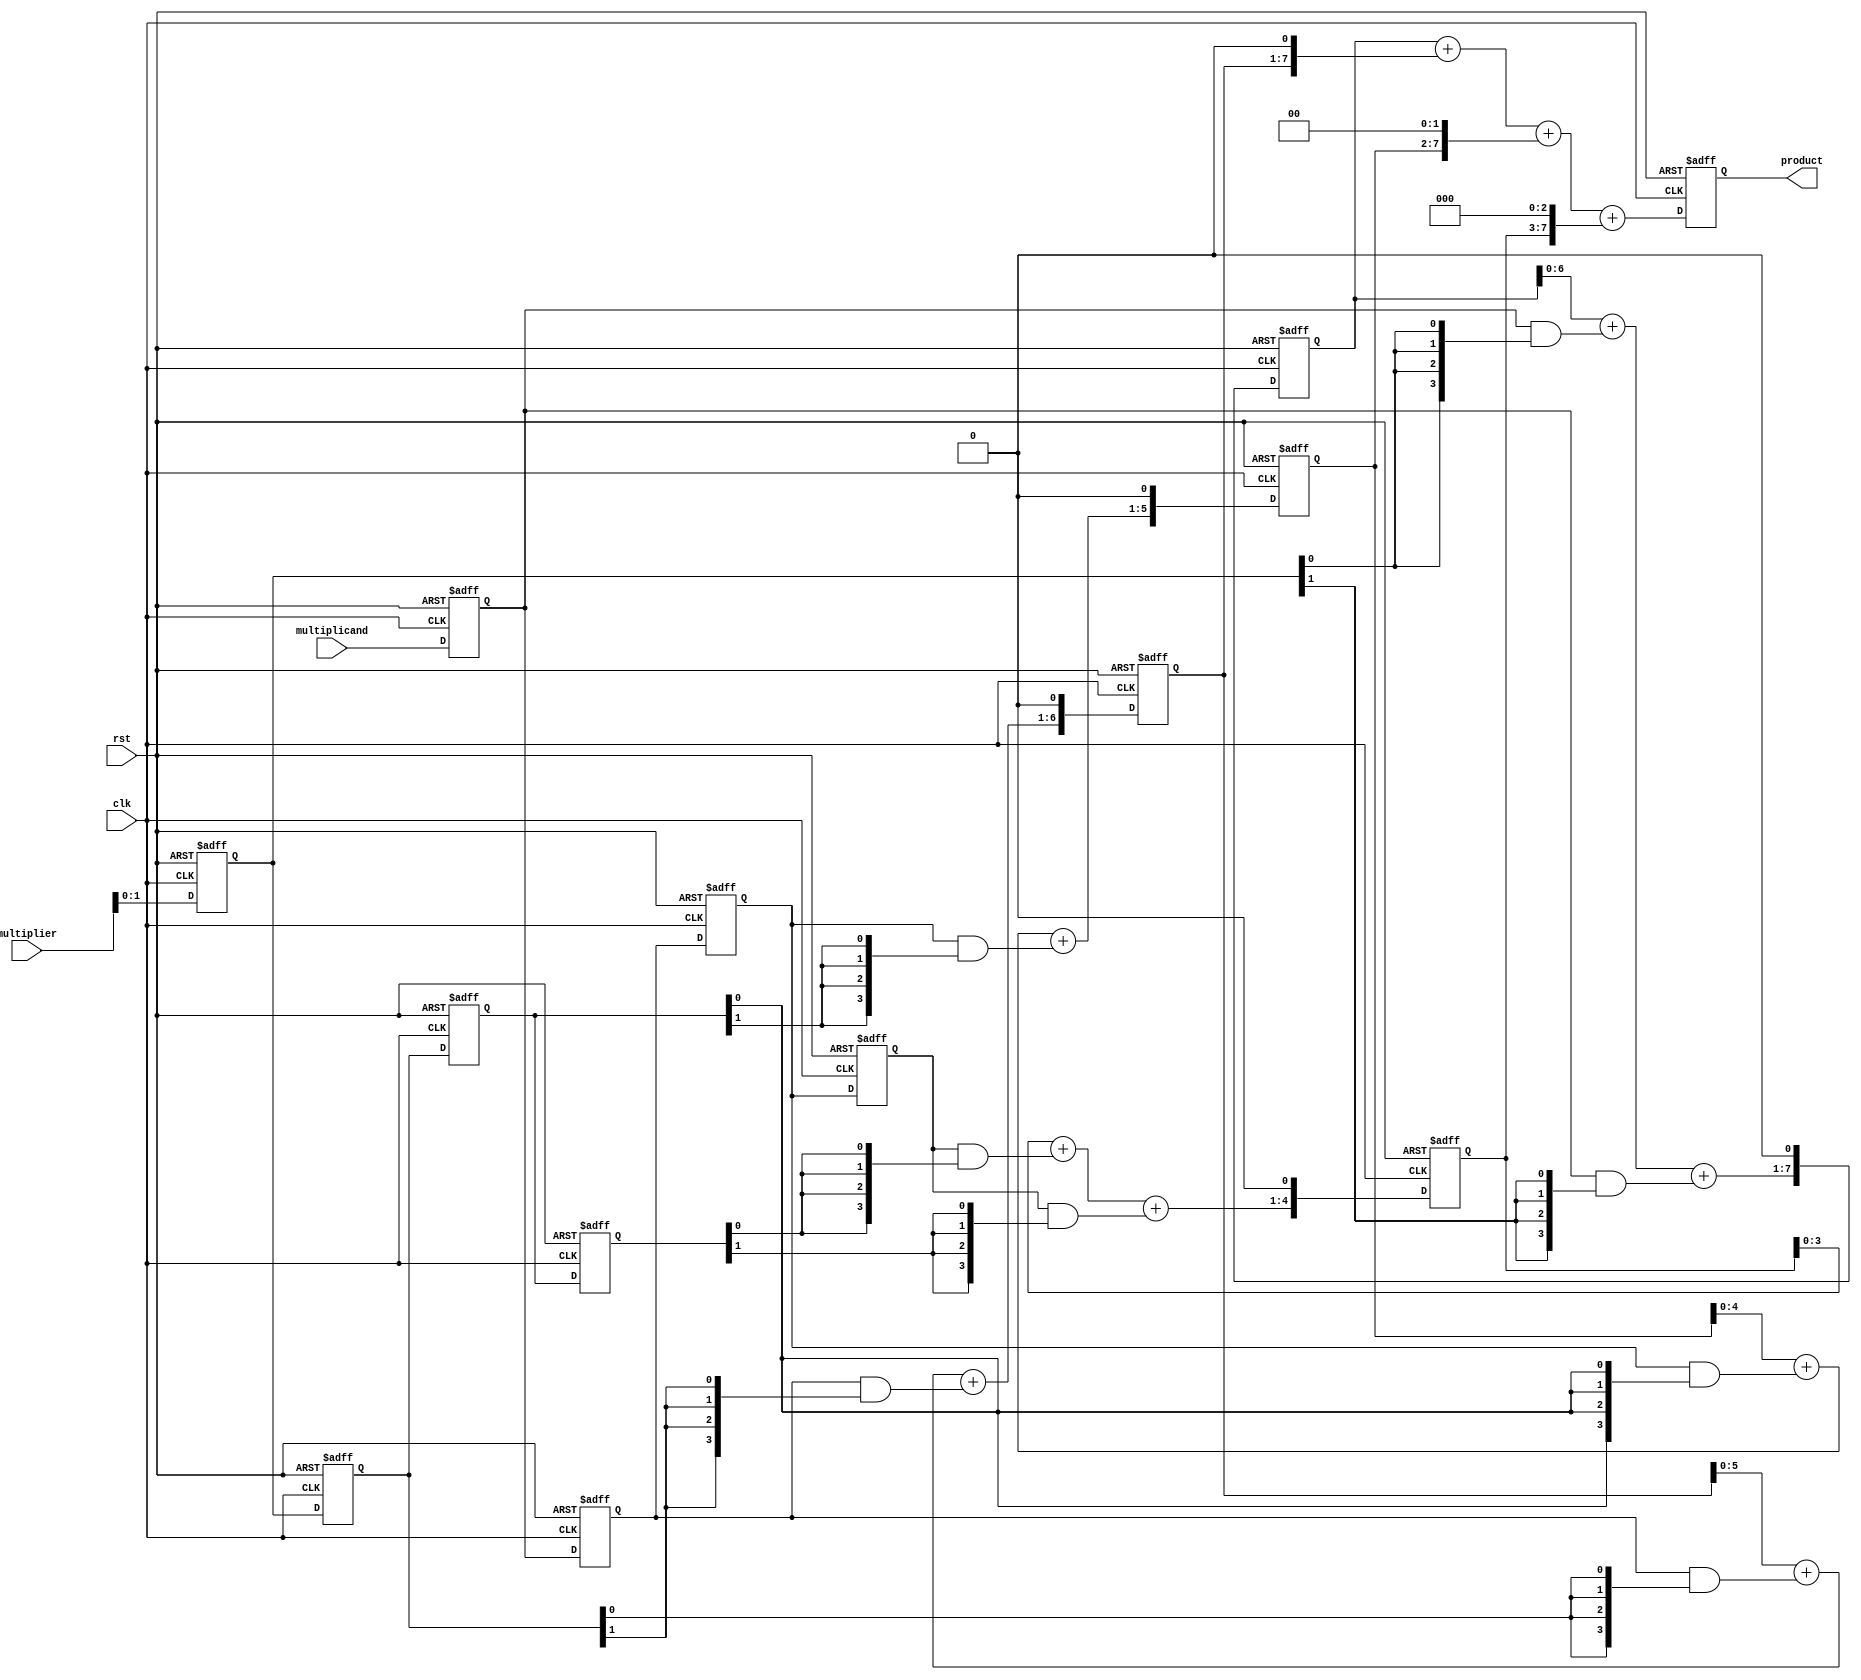
module systolic_multiplier #(
    parameter N = 4 // Bit-width of the operands
) (
    input wire clk,
    input wire rst,
    input wire [N-1:0] multiplicand, // n-bit multiplicand
    input wire [N-1:0] multiplier, // n-bit multiplier
    output reg [2*N-1:0] product // (2*N)-bit product
);

    // Internal signal to hold partial products
    reg [N-1:0] A [0:N-1]; // array for multiplicand
    reg [N-1:0] B [0:N-1]; // array for multiplier
    reg [2*N-1:0] sum [0:N-1]; // accumulation array

    // Initialize the arrays and output during reset
    integer i;
    always @(posedge clk or posedge rst) begin
        if (rst) begin
            product <= 0;
            for (i = 0; i < N; i = i + 1) begin
                A[i] <= 0;
                B[i] <= 0;
                sum[i] <= 0;
            end
        end else begin
            // Shift in the multiplicand and multiplier
            for (i = N-1; i > 0; i = i - 1) begin
                A[i] <= A[i-1];
                B[i] <= B[i-1];
                sum[i] <= sum[i-1];
            end
            // First row receives new multiplicand, first column receives new multiplier
            A[0] <= multiplicand;
            B[0] <= multiplier;

            // Processing Elements - simple multiplication and accumulation
            for (i = 0; i < N; i = i + 1) begin
                // PE: Multiply A[i] and the input to B[i]
                sum[i] <= sum[i] + (A[i] & {N{B[i][0]}}) + (A[i] & {N{B[i][1]}}) << 1;
            end

            // Collect the final product
            product <= sum[0] + (sum[1] << 1) + (sum[2] << 2) + (sum[3] << 3);
        end
    end
endmodule